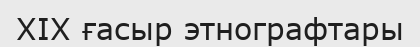
XIX ғасыр этнографтары